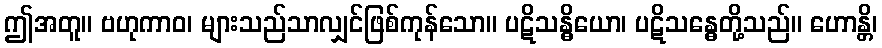
ဤအတူ။ ဗဟုကာဝ၊ များသည်သာလျှင်ဖြစ်ကုန်သော။ ပဋိသန္ဓိယော၊ ပဋိသန္ဓေတို့သည်။ ဟောန္တိ၊